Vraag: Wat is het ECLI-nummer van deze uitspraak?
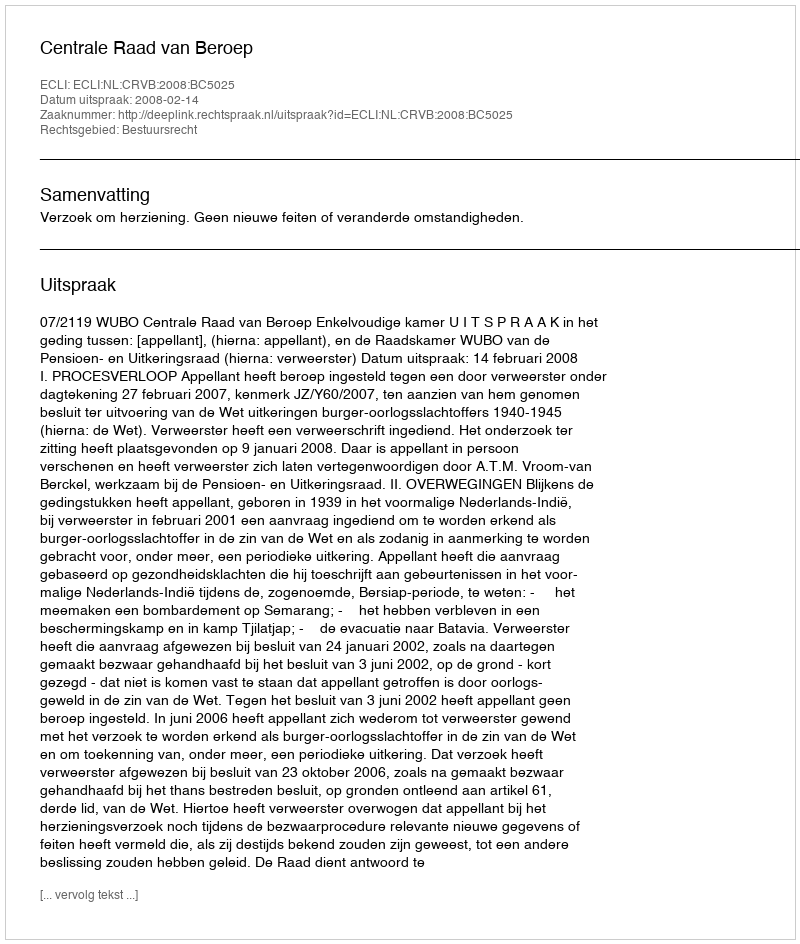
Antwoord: ECLI:NL:CRVB:2008:BC5025